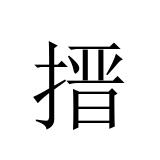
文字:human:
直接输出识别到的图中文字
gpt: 搢